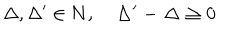
LaTeX: \Delta , \Delta ^ { \prime } \in \bf { N } , \quad \Delta ^ { \prime } - \Delta \geq 0